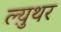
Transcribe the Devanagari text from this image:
ल्य़ुथर